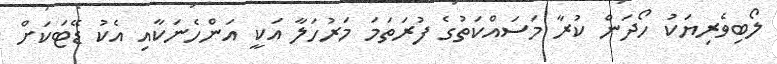
ލޯބިވެރިޔަކު ހޯދަން ކުރާ މަސައްކަތުގެ ފުރަތަމަ މަރުހަލާ އަކީ އަންހެނަކާއި އެކު ޑޭޓަކަށް